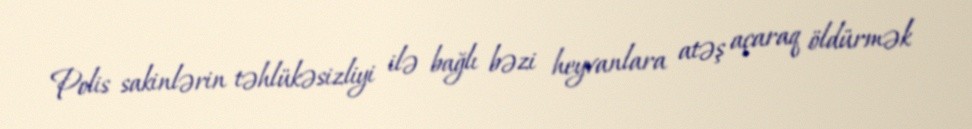
Polis sakinlərin təhlükəsizliyi ilə bağlı bəzi heyvanlara atəş açaraq öldürmək